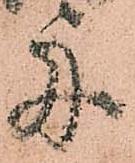
舟